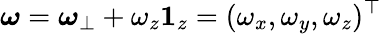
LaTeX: \boldsymbol{\omega}=\boldsymbol{\omega}_{\perp}+\omega_{z}\boldsymbol{1}_{z}=(\omega_{x},\omega_{y},\omega_{z})^{\top}